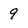
Character: 9